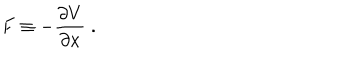
F \equiv - \frac { \partial V } { \partial x } \; .